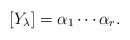
LaTeX: \begin{align*}[Y_{\lambda}] =\alpha_1 \cdots \alpha_r.\end{align*}